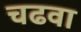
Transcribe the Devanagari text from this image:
चढवा